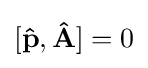
[\mathbf {\hat {p}} ,\mathbf {\hat {A}} ]=0